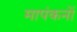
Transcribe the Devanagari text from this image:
मापंकनों